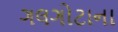
ગલગોટાના